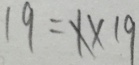
1 9 = x \times 1 9